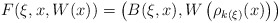
\begin{align*}F ( \xi , x , W ( x ) ) = \left( B (\xi, x ) , W \left( \rho _{k(\xi)} (x) \right) \right)\end{align*}